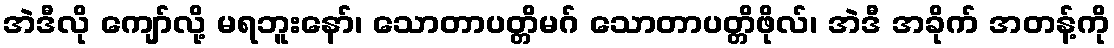
အဲဒီလို ကျော်လို့ မရဘူးနော်၊ သောတာပတ္တိမဂ် သောတာပတ္တိဖိုလ်၊ အဲဒီ အခိုက် အတန့်ကို